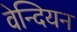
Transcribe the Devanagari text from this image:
वेन्दियन